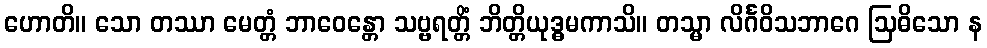
ဟောတိ။ သော တဿာ မေတ္တံ ဘာဝေန္တော သဗ္ဗရတ္တိံ ဘိတ္တိယုဒ္ဓမကာသိ။ တသ္မာ လိင်္ဂဝိသဘာဂေ ဩဓိသော န